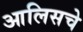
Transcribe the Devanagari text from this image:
आलिसचे